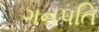
ગનપતિ